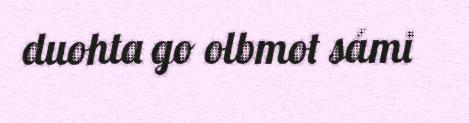
duohta go olbmot sámi